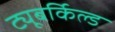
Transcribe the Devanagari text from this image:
ट्यूबर्किल्ड